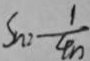
S _ { n } = \frac { 1 } { 4 n }